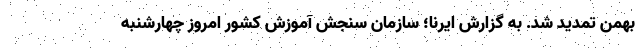
بهمن تمدید شد. به گزارش ایرنا؛ سازمان سنجش آموزش کشور امروز چهارشنبه